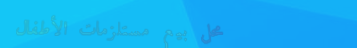
محل بيع مستلزمات الأطفال